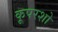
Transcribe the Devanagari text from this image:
कूपरशो